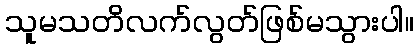
သူမသတိလက်လွတ်ဖြစ်မသွားပါ။